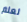
لعلم